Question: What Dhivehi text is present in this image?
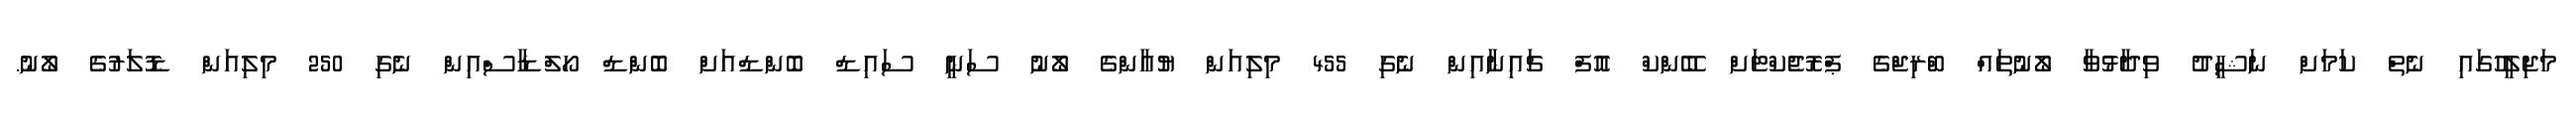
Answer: މަޖިލީހުގައި ނެތް ކަމަށް ނަޝީދު ވިދާޅުވާ ލޯނުތައް ބްރިޖްގެ ޕްރޮޖެކްޓަށް ބޭންކް އޮފް ޗައިނާއިން ނެގި 455 މިލިއަން ޔުއާންގެ ލޯނު ސަނީ ސައިޑް ބޮންޑްއަށް ބޮންޑް ހޯލްޑާސްއިން ނެގި 250 މިލިއަން ޑޮލަރުގެ ލޯނު.